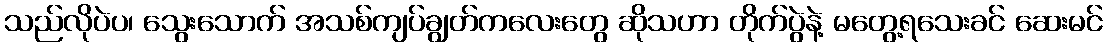
သည်လိုပဲပ၊ သွေးသောက် အသစ်ကျပ်ချွတ်ကလေးတွေ ဆိုသဟာ တိုက်ပွဲနဲ့ မတွေ့ရသေးခင် ဆေးမင်